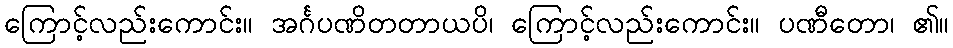
ကြောင့်လည်းကောင်း။ အင်္ဂပဏိတတာယပိ၊ ကြောင့်လည်းကောင်း။ ပဏီတော၊ ၏။